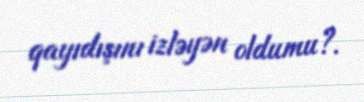
qayıdışını izləyən oldumu?.